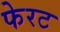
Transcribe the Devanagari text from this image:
फेरट